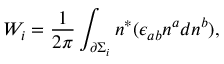
W _ { i } = \frac 1 { 2 \pi } \int _ { \partial \Sigma _ { i } } n ^ { * } ( \epsilon _ { a b } n ^ { a } d n ^ { b } ) ,